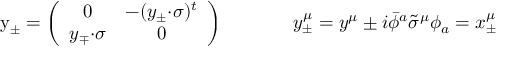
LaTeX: \begin{array} { c c } { { \mathrm { y } _ { \pm } = \left( \begin{array} { c c } { { 0 } } & { { - ( y _ { \pm } { \cdot \sigma } ) ^ { t } } } \\ { { y _ { \mp } { \cdot \sigma } } } & { { 0 } } \end{array} \right) ~ ~ ~ ~ } } & { { ~ ~ ~ ~ y _ { \pm } ^ { \mu } = y ^ { \mu } \pm i \bar { \phi } { } ^ { a } \tilde { \sigma } ^ { \mu } \phi _ { a } = x _ { \pm } ^ { \mu } } } \end{array}